Annual report of the Bengal Veterinary College and of the Civil Veterinary Department, Bengal, for the year 1912-1913 - 1912-1913
Year: 1912
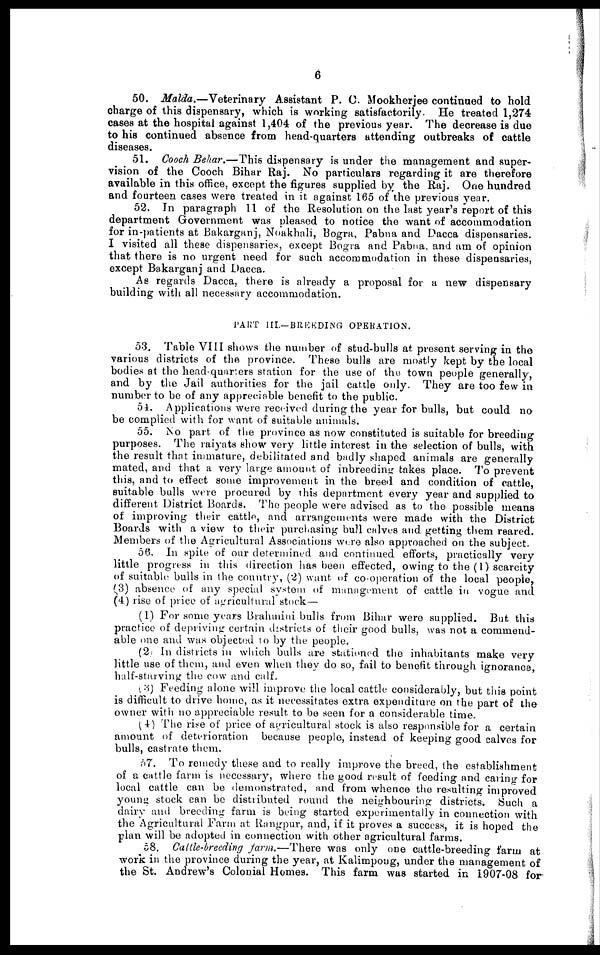
6
50. Malda.—Veterinary
Assistant P. C. Mookherjee continued to hold
charge of this dispensary, which is working satisfactorily. He treated 1,274
cases at the hospital against 1,404 of the previous year. The decrease is due
to his continued absence from head-quarters attending outbreaks of cattle
diseases.
51. Cooch Behar.—This dispensary is under the management and super-
vision of the Cooch Bihar Raj. No particulars regarding it are therefore
available in this office, except the figures supplied by the Raj. One hundred
and fourteen cases were treated in it against 165 of the previous year.
52. In paragraph 11 of the Resolution on the last year's report of this
department Government was pleased to notice the want of accommodation
for in-patients at Bakarganj, Noakhali, Bogra, Pabna and Dacca dispensaries.
I visited all these dispensaries, except Bogra and Pabna, and am of opinion
that there is no urgent need for such accommodation in these dispensaries,
except Bakarganj and Dacca.
As regards Dacca, there is already a proposal for a new dispensary
building with all necessary accommodation.
PART III.-BREEDING OPERATION.
53. Table VIII shows the number of stud-bulls at present serving in the
various districts of the province. These bulls are mostly kept by the local
bodies at the head-quarters station for the use of the town people generally,
and by the Jail authorities for the jail cattle only. They are too few in
number to be of any appreciable benefit to the public.
51. Applications were received during the year for bulls, but could no
be complied with for want of suitable animals.
55. No part of the province as now constituted is suitable for breeding
purposes. The raiyats show very little interest in the selection of bulls, with
the result that immature, debilitated and badly shaped animals are generally
mated, and that a very large amount of inbreeding takes place. To prevent
this, and to effect some improvement in the breed and condition of cattle,
suitable bulls were procured by this department every year and supplied to
different District Boards. The people were advised as to the possible means
of improving their cattle, and arrangements were made with the District
Boards with a view to their purchasing bull calves and getting them reared.
Members of the Agricultural Associations were also approached on the subject.
56. In spite of our determined and continued efforts, practically very
little progress in this direction has been effected, owing to the (1) scarcity
of suitable bulls in the country, (2) want of co-operation of the local people,
(3) absence of any special system of management of cattle in vogue and
(4) rise of price of agricultural stock—
(1) For some years Brahmini bulls from Bihar were supplied. But this
practice of depriving certain districts of their good bulls, was not a commend-
able one and was objected to by the people.
(2) In districts in which bulls are stationed the inhabitants make very
little use of them, and even when they do so, fail to benefit through ignorance,
half-starving the cow and calf.
(3) Feeding alone will improve the local cattle considerably, but this point
is difficult to drive home, as it necessitates extra expenditure on the part of the
owner with no appreciable result to be seen for a considerable time.
(4) The rise of price of agricultural stock is also responsible for a certain
amount of deterioration because people, instead of keeping good calves for
bulls, castrate them.
57. To remedy these and to really improve the breed, the establishment
of a cattle farm is necessary, where the good result of feeding and caring for
local cattle can be demonstrated, and from whence the resulting improved
young stock can be distributed round the neighbouring districts. Such a
dairy and breeding farm is being started experimentally in connection with
the Agricultural Farm at Rangpur, and, if it proves a success, it is hoped the
plan will be adopted in connection with other agricultural farms.
58. Cattle-breeding farm.—There
was only one cattle-breeding farm at
work in the province during the year, at Kalimpong, under the management of
the St. Andrew's Colonial Homes. This farm was started in 1907-08 for